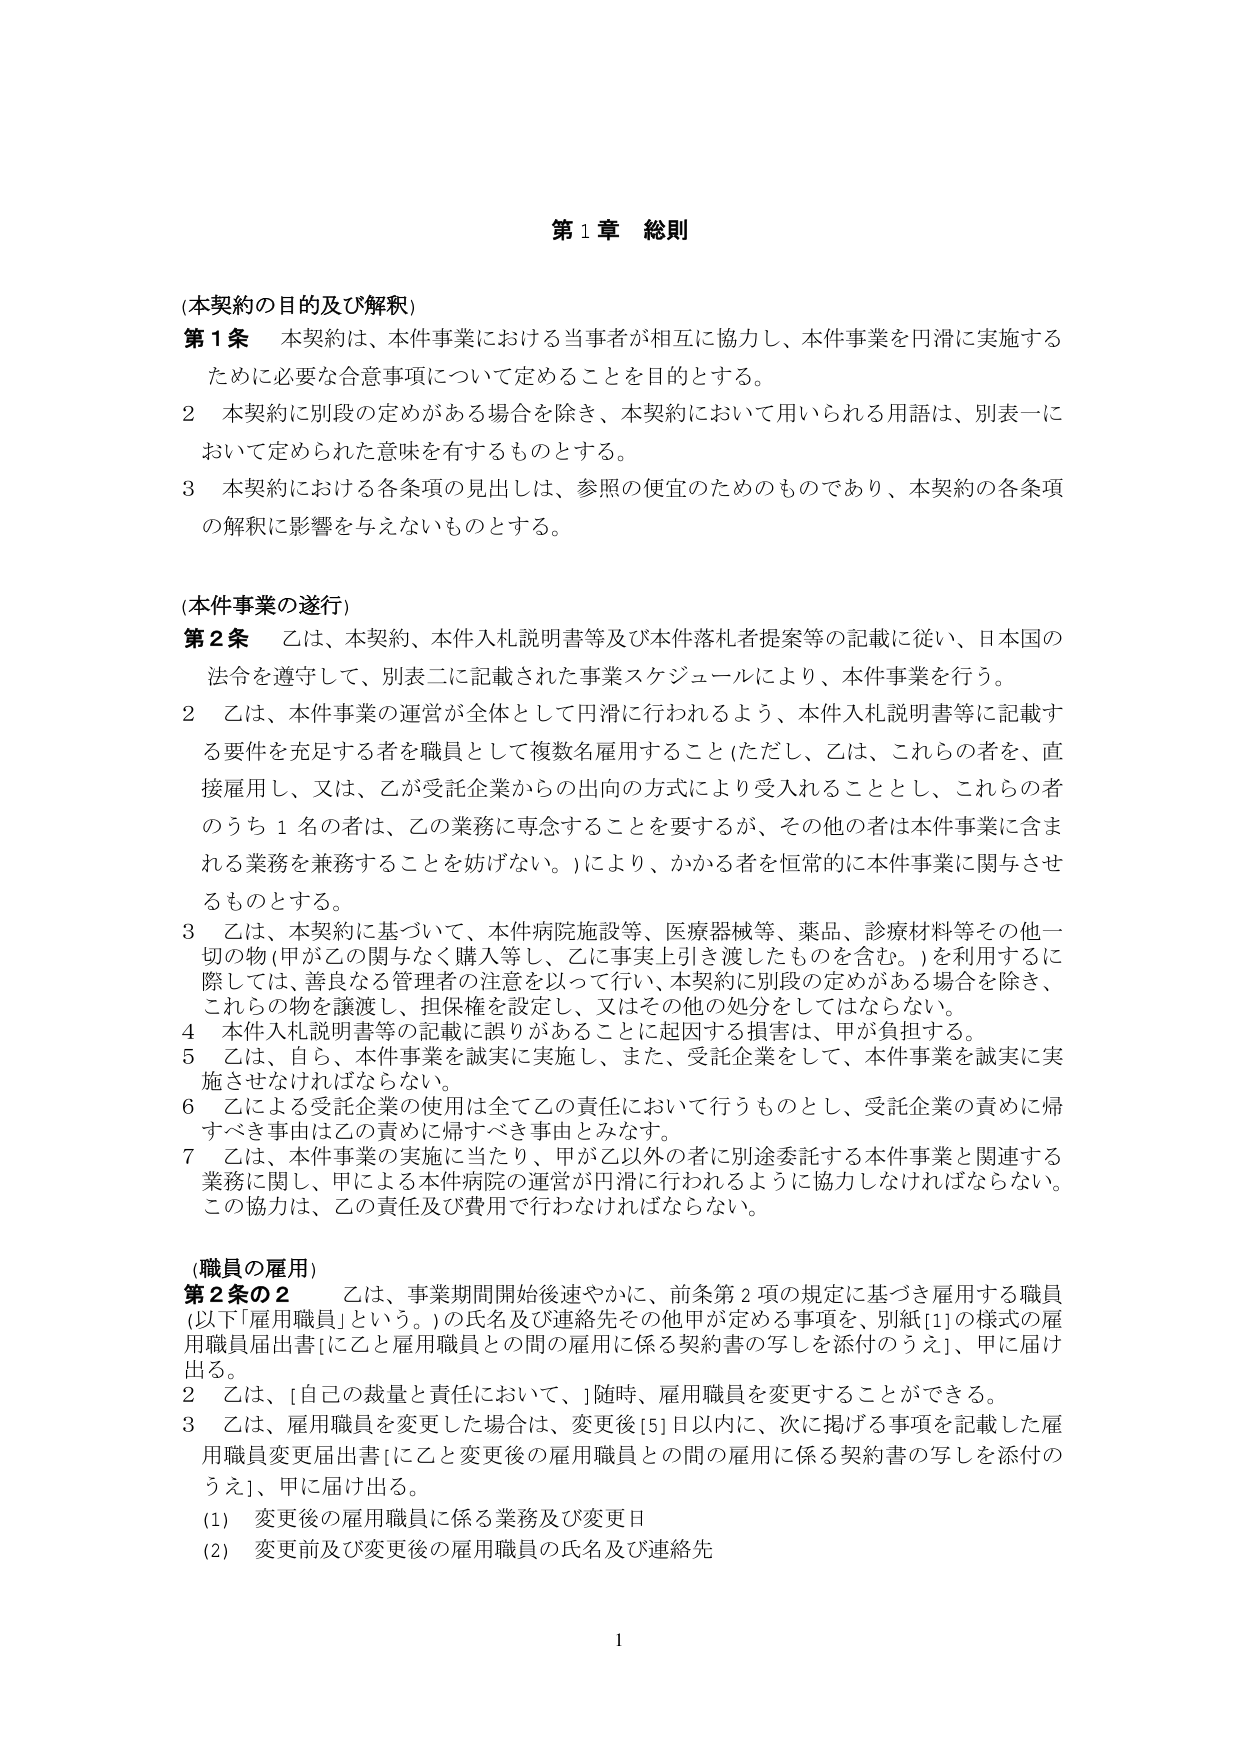
第１章 総則

(本契約の目的及び解釈)
第１条 本契約は、本件事業における当事者が相互に協力し、本件事業を円滑に実施する
ために必要な合意事項について定めることを目的とする。
２ 本契約に別段の定めがある場合を除き、本契約において用いられる用語は、別表一に
おいて定められた意味を有するものとする。
３ 本契約における各条項の見出しは、参照の便宜のためのものであり、本契約の各条項
の解釈に影響を与えないものとする。

(本件事業の遂行)
第２条 乙は、本契約、本件入札説明書等及び本件落札者提案等の記載に従い、日本国の
法令を遵守して、別表二に記載された事業スケジュールにより、本件事業を行う。
２ 乙は、本件事業の運営が全体として円滑に行われるよう、本件入札説明書等に記載す
る要件を充足する者を職員として複数名雇用すること（ただし、乙は、これらの者を、直
接雇用し、又は、乙が受託企業からの出向の方式により受入れることとし、これらの者
のうち１名の者は、乙の業務に専念することを要するが、その他の者は本件事業に含ま
れる業務を兼務することを妨げない。）により、かかる者を恒常的に本件事業に関与させ
るものとする。
３ 乙は、本契約に基づいて、本件病院施設等、医療器械等、薬品、診療材料等その他一
切の物（甲が乙の関与なく購入等し、乙に事実上引き渡したものも含む。）を利用するに
際しては、善良なる管理者の注意を以って行い、本契約に別段の定めがある場合を除き、
これらの物を譲渡し、担保権を設定し、又はその他の処分をしてはならない。
４ 本件入札説明書等の記載に誤りがあることに起因する損害は、甲が負担する。
５ 乙は、自ら、本件事業を誠実に実施し、また、受託企業をして、本件事業を誠実に実
施させなければならない。
６ 乙による受託企業の使用は全て乙の責任において行うものとし、受託企業の責めに帰
すべき事由は乙の責めに帰すべき事由とみなす。
７ 乙は、本件事業の実施に当たり、甲が乙以外の者に別途委託する本件事業と関連する
業務に関し、甲による本件病院の運営が円滑に行われるように協力しなければならない。
この協力は、乙の責任及び費用で行わなければならない。

(職員の雇用)
第２条の２ 乙は、事業期間開始後速やかに、前条第２項の規定に基づき雇用する職員
（以下「雇用職員」という。）の氏名及び連絡先その他甲が定める事項を、別紙[1]の様式の雇
用職員届出書［に乙と雇用職員との間の雇用に係る契約書の写しを添付のうえ］、甲に届け
出る。
２ 乙は、［自己の裁量と責任において、］随時、雇用職員を変更することができる。
３ 乙は、雇用職員を変更した場合は、変更後[5]日以内に、次に掲げる事項を記載した雇
用職員変更届出書［に乙と変更後の雇用職員との間の雇用に係る契約書の写しを添付の
うえ］、甲に届け出る。
(1) 変更後の雇用職員に係る業務及び変更日
(2) 変更前及び変更後の雇用職員の氏名及び連絡先

1